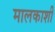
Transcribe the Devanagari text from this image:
मालकाशी